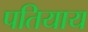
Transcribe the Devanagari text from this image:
पतियाय